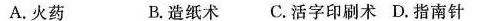
A.火药 B.造纸术 C.活字印刷术 D.指南针